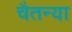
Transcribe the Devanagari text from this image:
चैतन्या